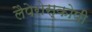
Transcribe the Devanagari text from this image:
लैपेरोस्कोपी